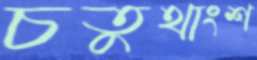
চতুথাংশ